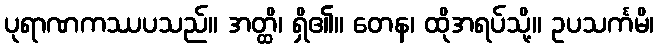
ပုရာဏကဿပသည်။ အတ္ထိ၊ ရှိ၏။ တေန၊ ထိုအရပ်သို့။ ဥပသင်္ကမိ၊